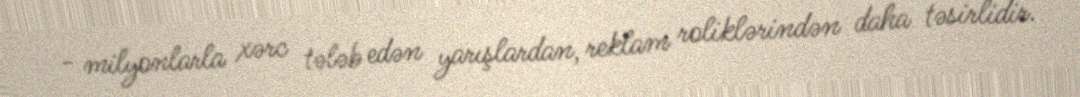
- milyonlarla xərc tələb edən yarışlardan, reklam roliklərindən daha təsirlidir.